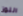
اللوز